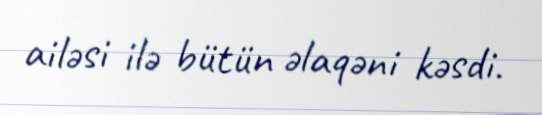
ailəsi ilə bütün əlaqəni kəsdi.